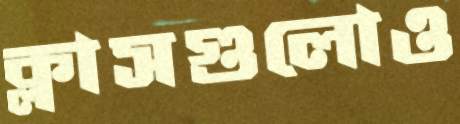
ক্লাসগুলোও